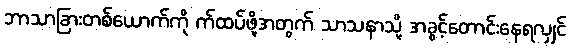
ဘာသာခြားတစ်ယောက်ကို က်ထပ်ဖို့အတွက် သာသနာသို့ အခွင့်တောင်းနေရလျှင်